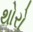
થોરો